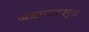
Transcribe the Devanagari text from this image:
जबगडदश्॥